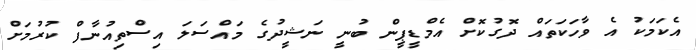
އެކަމަކު އެ ވާހަކަތައް ދޮގުކޮށް އެމްޑީޕީން ބުނީ ނަޝީދުގެ މައްސަލަ އިސްތިއުނާފް ކުރުމަށް